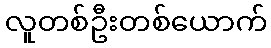
လူတစ်ဦးတစ်ယောက်